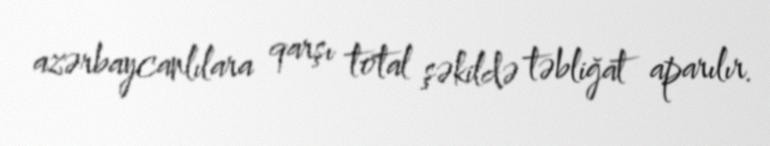
azərbaycanlılara qarşı total şəkildə təbliğat aparılır.